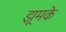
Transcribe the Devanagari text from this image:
झूमके